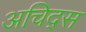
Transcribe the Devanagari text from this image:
अचिद्स